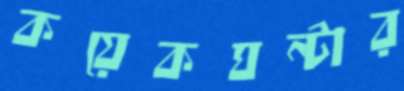
কয়েকঘন্টার